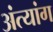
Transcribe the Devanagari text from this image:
अंत्यांग